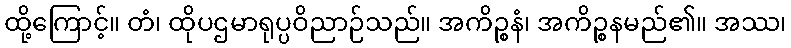
ထို့ကြောင့်။ တံ၊ ထိုပဌမာရုပ္ပဝိညာဉ်သည်။ အကိဉ္စနံ၊ အကိဉ္စနမည်၏။ အဿ၊